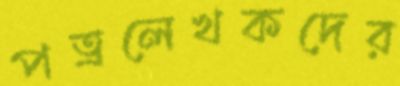
পত্রলেখকদের